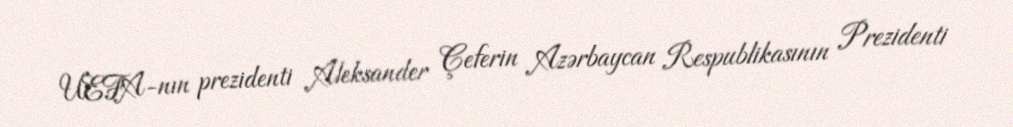
UEFA-nın prezidenti Aleksander Çeferin Azərbaycan Respublikasının Prezidenti